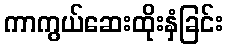
ကာကွယ်ဆေးထိုးနှံခြင်း